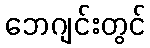
ဘေဂျင်းတွင်